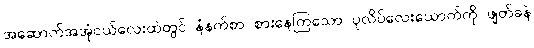
အဆောက်အအုံငယ်လေးထဲတွင် နံနက်စာ စားနေကြသော ပုလိပ်လေးယောက်ကို ဖျတ်ခနဲ